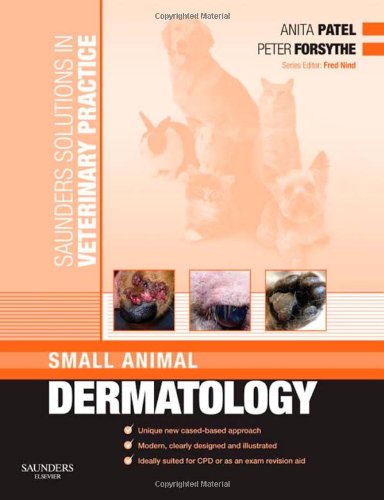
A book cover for Saunders Solutions in Veterinary Practice: Small Animal Dermatology, 1e; Anita Patel BVM  DVD  MRCVS; Medical Books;